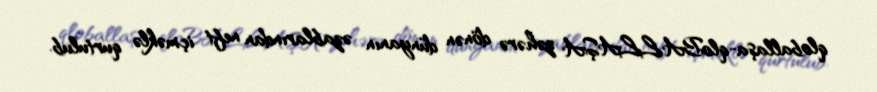
qloballaşa-qloBALLAŞA zəhərə dönən dünyanın əzablarından neft içməklə qurtulub.